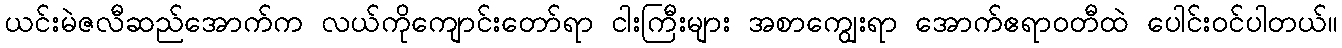
ယင်းမဲဇလီဆည်အောက်က လယ်ကိုကျောင်းတော်ရာ ငါးကြီးများ အစာကျွေးရာ အောက်ဧရာဝတီထဲ ပေါင်းဝင်ပါတယ်။